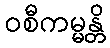
ဝစီကမ္မန္တိ